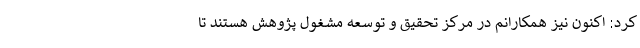
کرد: اکنون نیز همکارانم در مرکز تحقیق و توسعه مشغول پژوهش هستند تا